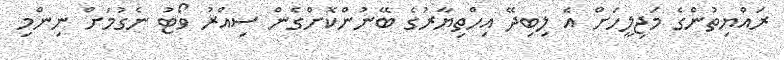
ރައްޔިތުންގެ މަޖިލީހަށް އެ ލިބިދޭ އިހްތިޔާރުގެ ބޭނުންކޮށްގެން ސިއްރު ވޯޓު ނެގުމަށް ނިންމި